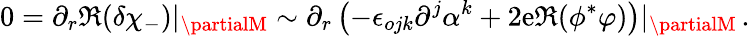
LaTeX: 0=\partial_{r}\Re(\delta\chi_{-})|_{\partialM}\sim\partial_{r}\left(-\epsilon_{ojk}\partial^{j}\alpha^{k}+2\mathrm{e}\Re(\phi^{*}\varphi)\right)|_{\partialM}\, .